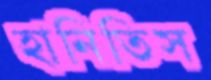
হানিতিস